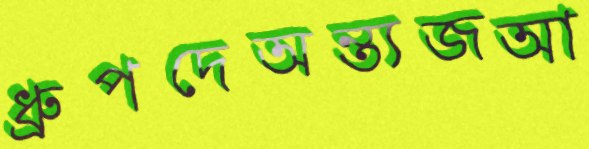
ধ্রুপদেঅন্ত্যজআ